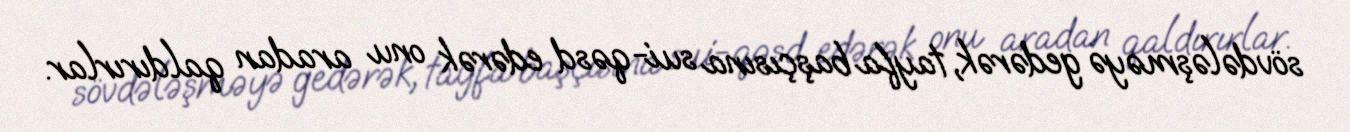
sövdələşməyə gedərək, tayfa başçısına sui-qəsd edərək onu aradan qaldırırlar.